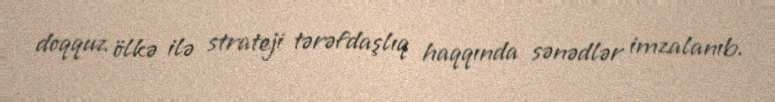
doqquz ölkə ilə strateji tərəfdaşlıq haqqında sənədlər imzalanıb.